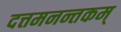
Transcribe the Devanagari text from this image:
दत्तमनन्तकम्